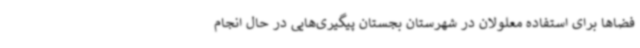
فضاها برای استفاده معلولان در شهرستان بجستان پیگیری‌هایی در حال انجام